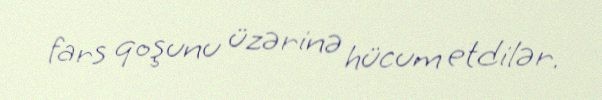
fars qoşunu üzərinə hücum etdilər.